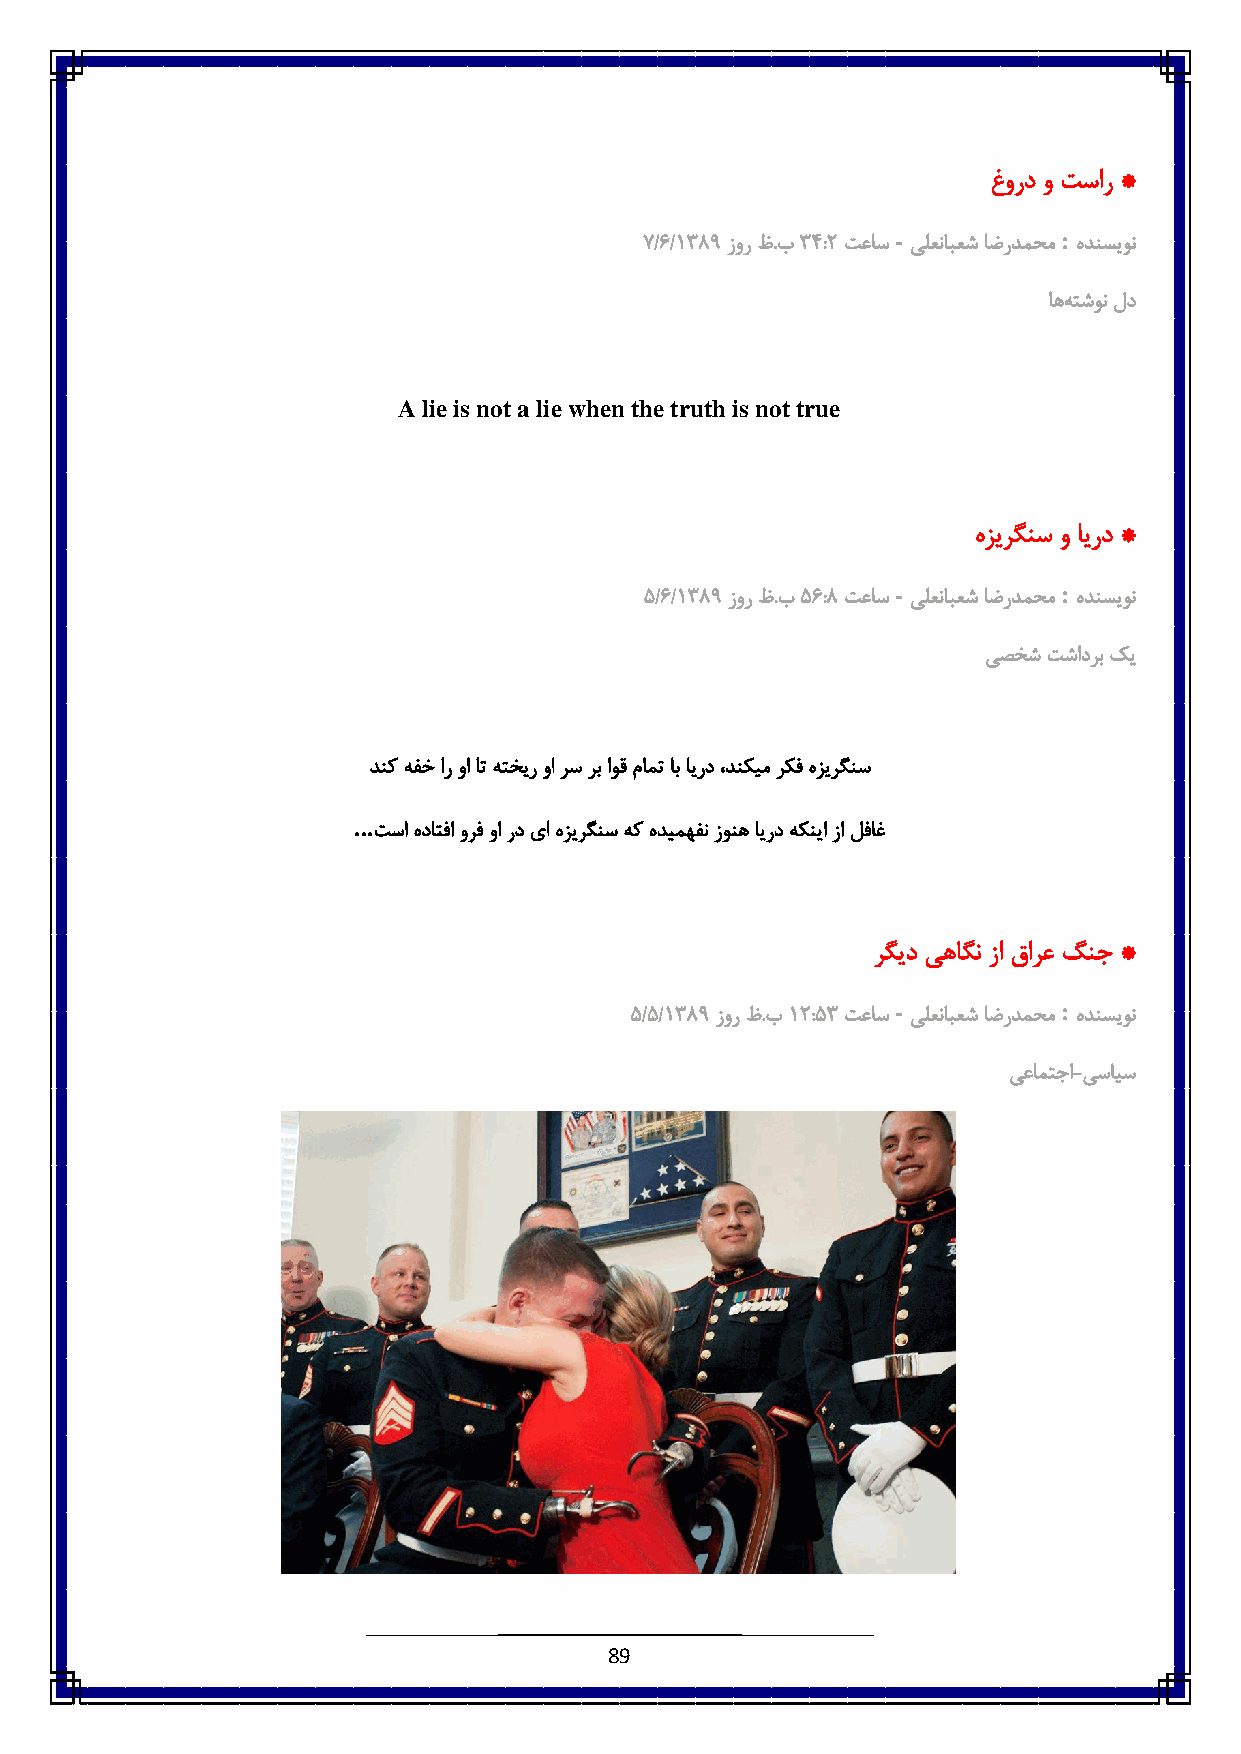
غورد و تسار *
 -          :
 ٧/1/6833 زور ظ.ب8 ٠:: تعاس یلعنابعش اضردمحم هدنسیون
 اهه تشون لد
 A lie is not a lie when the truth is not true
 هزیرگنس و ایرد *
 -          :
 ٠/1/6833 زور ظ.ب٠ 1:3 تعاس یلعنابعش اضردمحم هدنسیون
 یصخش تشادرب کی
 دنک هفخ ار وا ات هتخیر وا رس رب اوق مامت اب ایرد ،دنکیم رکف هزیرگنس
 ...
 تسا هداتفا ورف وا رد یا هزیرگنس هک هدیمهفن زونه ایرد هکنیا زا لفاغ
 رگید یهاگن زا قارع گنج *
 -          :
 ٠/٠/6833 زور ظ.ب6 ::٠8 تعاس یلعنابعش اضردمحم هدنسیون
 یعامتجا-یسایس
 89